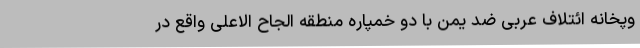
وپخانه ائتلاف عربی ضد یمن با دو خمپاره منطقه الجاح الاعلی واقع در